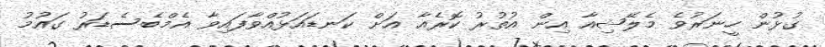
ގުޅުން ހީނަރުވެ މެލޭޝިއާ އިން އުތުރު ކޮރެއާ އަށް ކަނޑައަޅުއްވާފައިވާ އެމްބެސެޑަރު ގައުމު